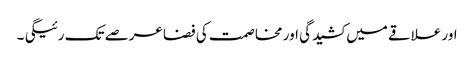
اور علاقے میں کشیدگی اور مخاصمت کی فضا عرصے تک رئیگی ۔